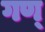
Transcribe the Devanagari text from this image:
गण्